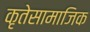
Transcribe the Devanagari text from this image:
कृतेसामाजिक